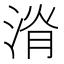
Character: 𣷩